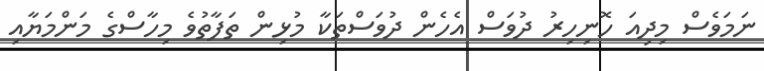
ނަމަވެސް މިދިއަ ހޮނިހިރު ދުވަސް އެހެން ދުވަސްތަކާ މުޅިން ތަފާތުވެ މިހާސްގެ މަންމަޔާއި